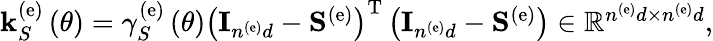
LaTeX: \begin{array}{r}{{\mathbf k}_{S}^{\left(\mathrm{e}\right)}\left(\theta\right)=\gamma_{S}^{\left(\mathrm{e}\right)}\left(\theta\right)\left({\mathbf I}_{n^{\left(\mathrm{e}\right)}d}-{\mathbf S}^{\left(\mathrm{e}\right)}\right)^{\mathrm{T}}\left({\mathbf I}_{n^{\left(\mathrm{e}\right)}d}-{\mathbf S}^{\left(\mathrm{e}\right)}\right)\in\mathbb{R}^{n^{\left(\mathrm{e}\right)}d\times n^{\left(\mathrm{e}\right)}d},}\end{array}